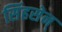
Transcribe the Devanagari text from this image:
सिंहसेन्